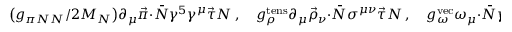
\big ( g _ { \pi N N } / 2 M _ { N } \big ) \partial _ { \mu } \vec { \pi } \cdot \bar { N } \gamma ^ { 5 } \gamma ^ { \mu } \vec { \tau } N \ , \quad g _ { \rho } ^ { \mathrm { t e n s } } \partial _ { \mu } \vec { \rho } _ { \nu } \cdot \bar { N } \sigma ^ { \mu \nu } \vec { \tau } N \ , \quad g _ { \omega } ^ { \mathrm { v e c } } \omega _ { \mu } \cdot \bar { N } \gamma ^ { \mu } N \ ,